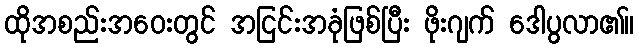
ထိုအစည်းအဝေးတွင် အငြင်းအခုံဖြစ်ပြီး ဖိုးဂျက် ဒေါပွလာ၏။